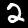
Digit: 2